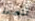
لنصعد